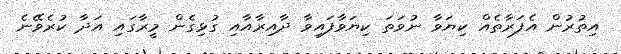
އިތުރުން އެފަރާތެއް ކިޔަވާ ނުވަތަ ކިޔަވާފައިވާ ދާއިރާއާއި ގުޅިގެން މީރާގައި އަދާ ކުރެވޭނެ